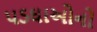
પડઘાઓનો